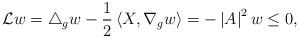
LaTeX: \begin{align*}\mathcal{L}w=\bigtriangleup_{g}w-\frac{1}{2}\left\langle X,\nabla_{g}w\right\rangle =-\left\vert A\right\vert ^{2}w\leq0,\end{align*}